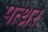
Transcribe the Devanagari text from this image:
पत्थ्रर